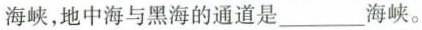
海峡，地中海与黑海的通道是___海峡。